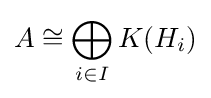
A\cong \bigoplus _{i\in I}K(H_{i})